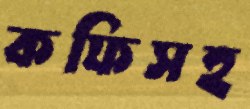
কফিসহ